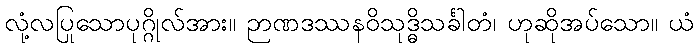
လုံ့လပြုသောပုဂ္ဂိုလ်အား။ ဉာဏဒဿနဝိသုဒ္ဓိသင်္ခါတံ၊ ဟုဆိုအပ်သော။ ယံ